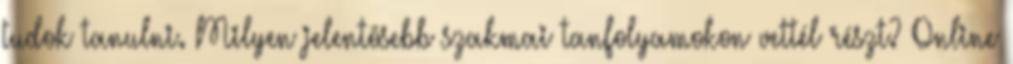
tudok tanulni. Milyen jelentõsebb szakmai tanfolyamokon vettél részt? Online